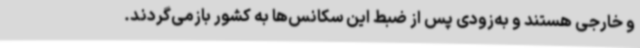
و خارجی هستند و به‌زودی پس از ضبط این سکانس‌ها به کشور بازمی‌گردند.